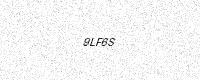
Text: 9LF6S